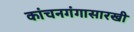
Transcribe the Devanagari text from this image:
कांचनगंगासारखी